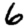
Digit: 6